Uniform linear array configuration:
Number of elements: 8
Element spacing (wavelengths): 0.5
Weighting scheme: blackman
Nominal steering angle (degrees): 45
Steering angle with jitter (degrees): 44.651
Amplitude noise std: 0.05
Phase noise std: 0.05

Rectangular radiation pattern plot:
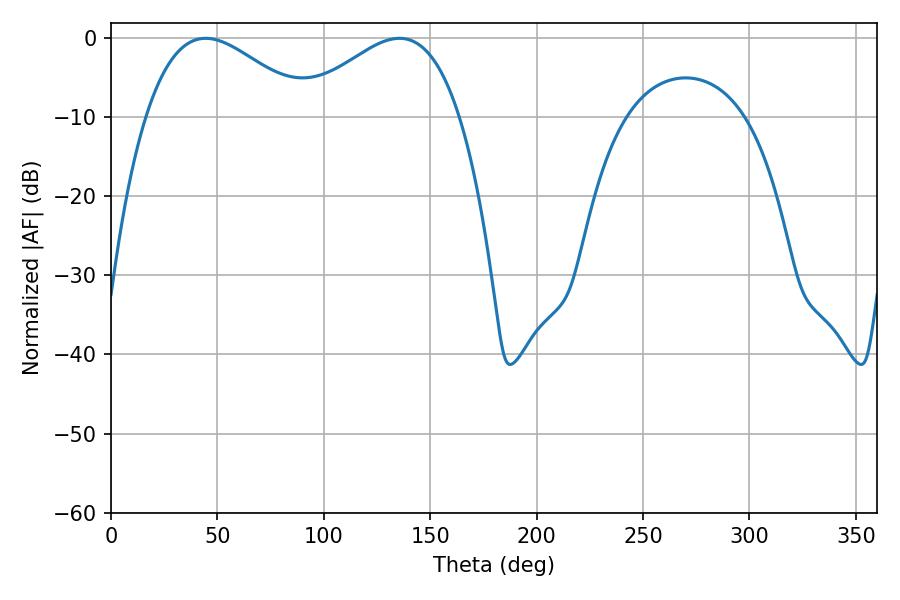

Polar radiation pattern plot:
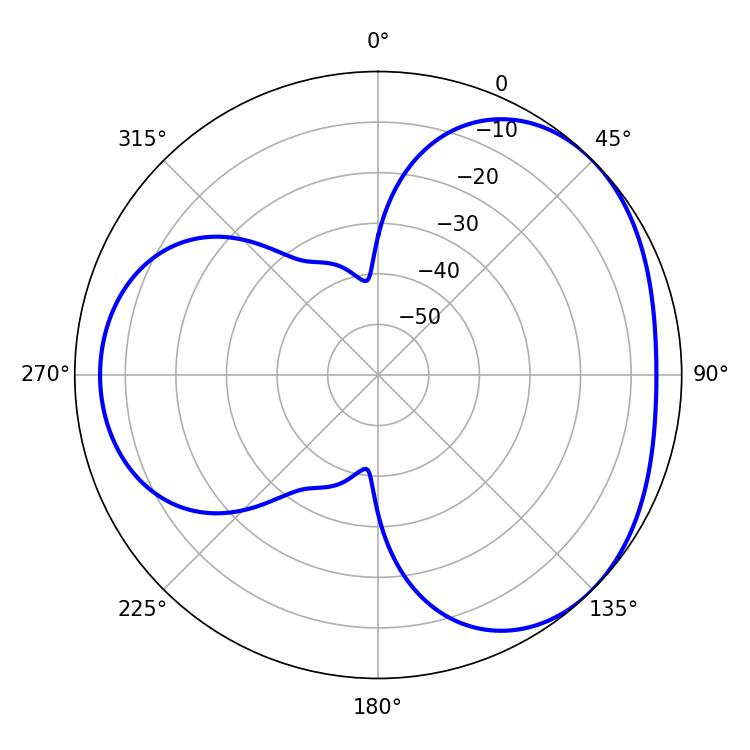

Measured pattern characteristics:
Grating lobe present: FALSE
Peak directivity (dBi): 3.42
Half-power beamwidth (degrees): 41.4
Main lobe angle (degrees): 44.46